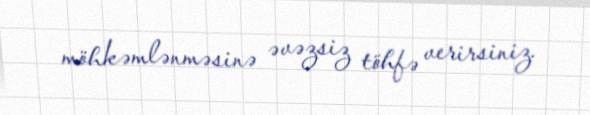
möhkəmlənməsinə əvəzsiz töhfə verirsiniz.